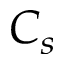
C _ { s }